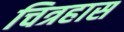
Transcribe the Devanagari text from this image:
चित्रहास